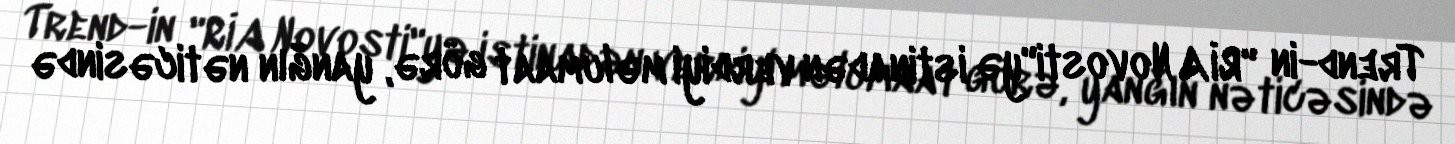
Trend-in "RİA Novosti"yə istinadən verdiyi məlumaat görə, yanğın nəticəsində